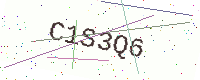
Text: C1S3Q6